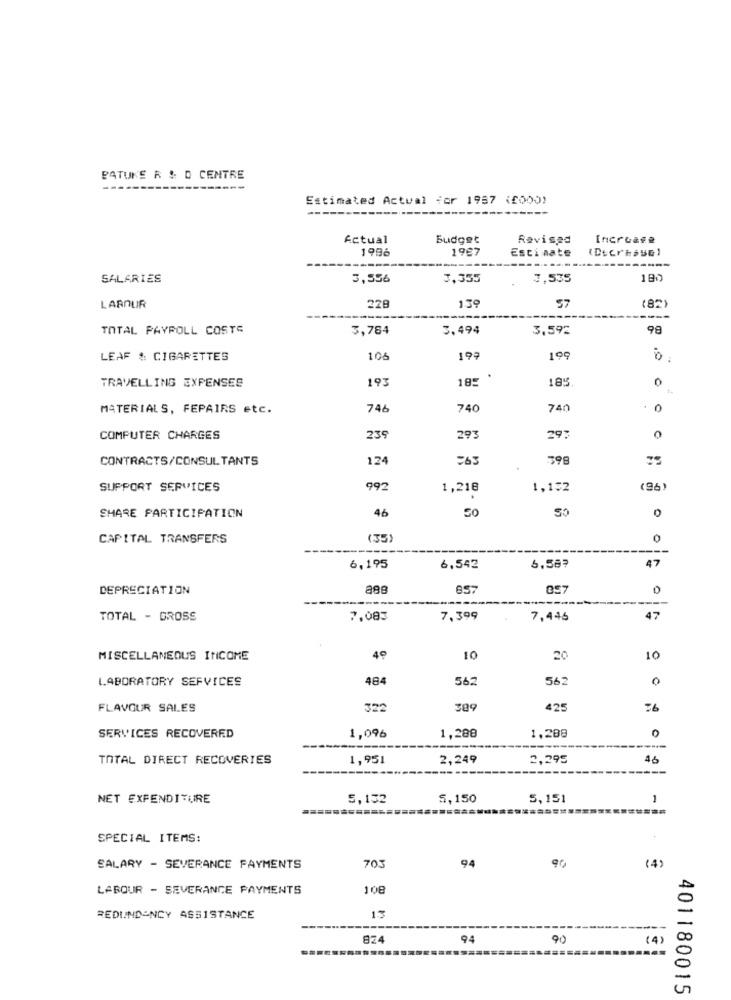
BATUKE R : D CENTRE
Estimated Actual for 1987 (6000)
Actual
Budget
Revisad
Increase
1996
1987
Estimate
SALARIES
3,556
3,355
7,535
180
139
LABOUR
228
57
(82)
TOTAL PAYROLL COSTE
3,784
3.494
3,592
98
LEAF & CIGARETTES
106
199
TRAVELLING EXPENSES
193
185
185
0
MATERIALS, FEPAIRS etc.
746
740
740
0
COMPUTER CHARGES
239
293
29.
0
592
CONTRACTS/CONSULTANTS
124
398
SUPPORT SERVICES
992
1,218
1,132
(96
46
0
SHARE PARTICIPATION
CAPITAL TRANSFERS
(35)
0
6,195
6,542
6.58?
47
DEPRECIATION
857
857
0
TOTAL - GROSS
7,083
7,399
7,446
47
MISCELLANEOUS INCOME
49
10
20
10
LABORATORY SERVICES
484
562
562
0
92
FLAVOUR SALES
322
309
425
SERVICES RECOVERED
1,096
1,288
1,288
--
TOTAL DIRECT RECOVERIES
1,951
2,249
2,295
16
NET EXPENDITURE
5,152
5,150
5,151
1
SPECIAL ITEMS:
(4)
SALARY - SEVERANCE PAYMENTS
703
94
90
LABOUR - SEVERANCE PAYMENTS
108
REDUNDANCY ASSISTANCE
13
824
94
90
(4)
401180015